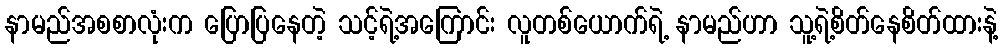
နာမည်အစစာလုံးက ပြောပြနေတဲ့ သင့်ရဲ့အကြောင်း လူတစ်ယောက်ရဲ့ နာမည်ဟာ သူ့ရဲ့စိတ်နေစိတ်ထားနဲ့